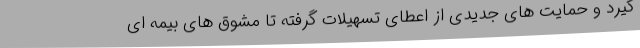
گیرد و حمایت های جدیدی از اعطای تسهیلات گرفته تا مشوق های بیمه ای